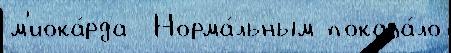
м'иока́рда  Норма́льным показа́ло